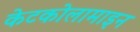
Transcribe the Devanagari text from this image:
केटकोलामाइन